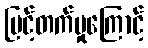
မြင့်တက်မှုကြောင့်